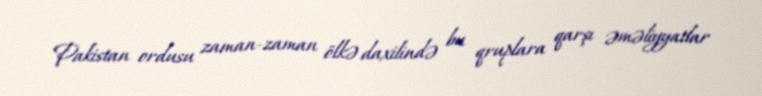
Pakistan ordusu zaman-zaman ölkə daxilində bu qruplara qarşı əməliyyatlar